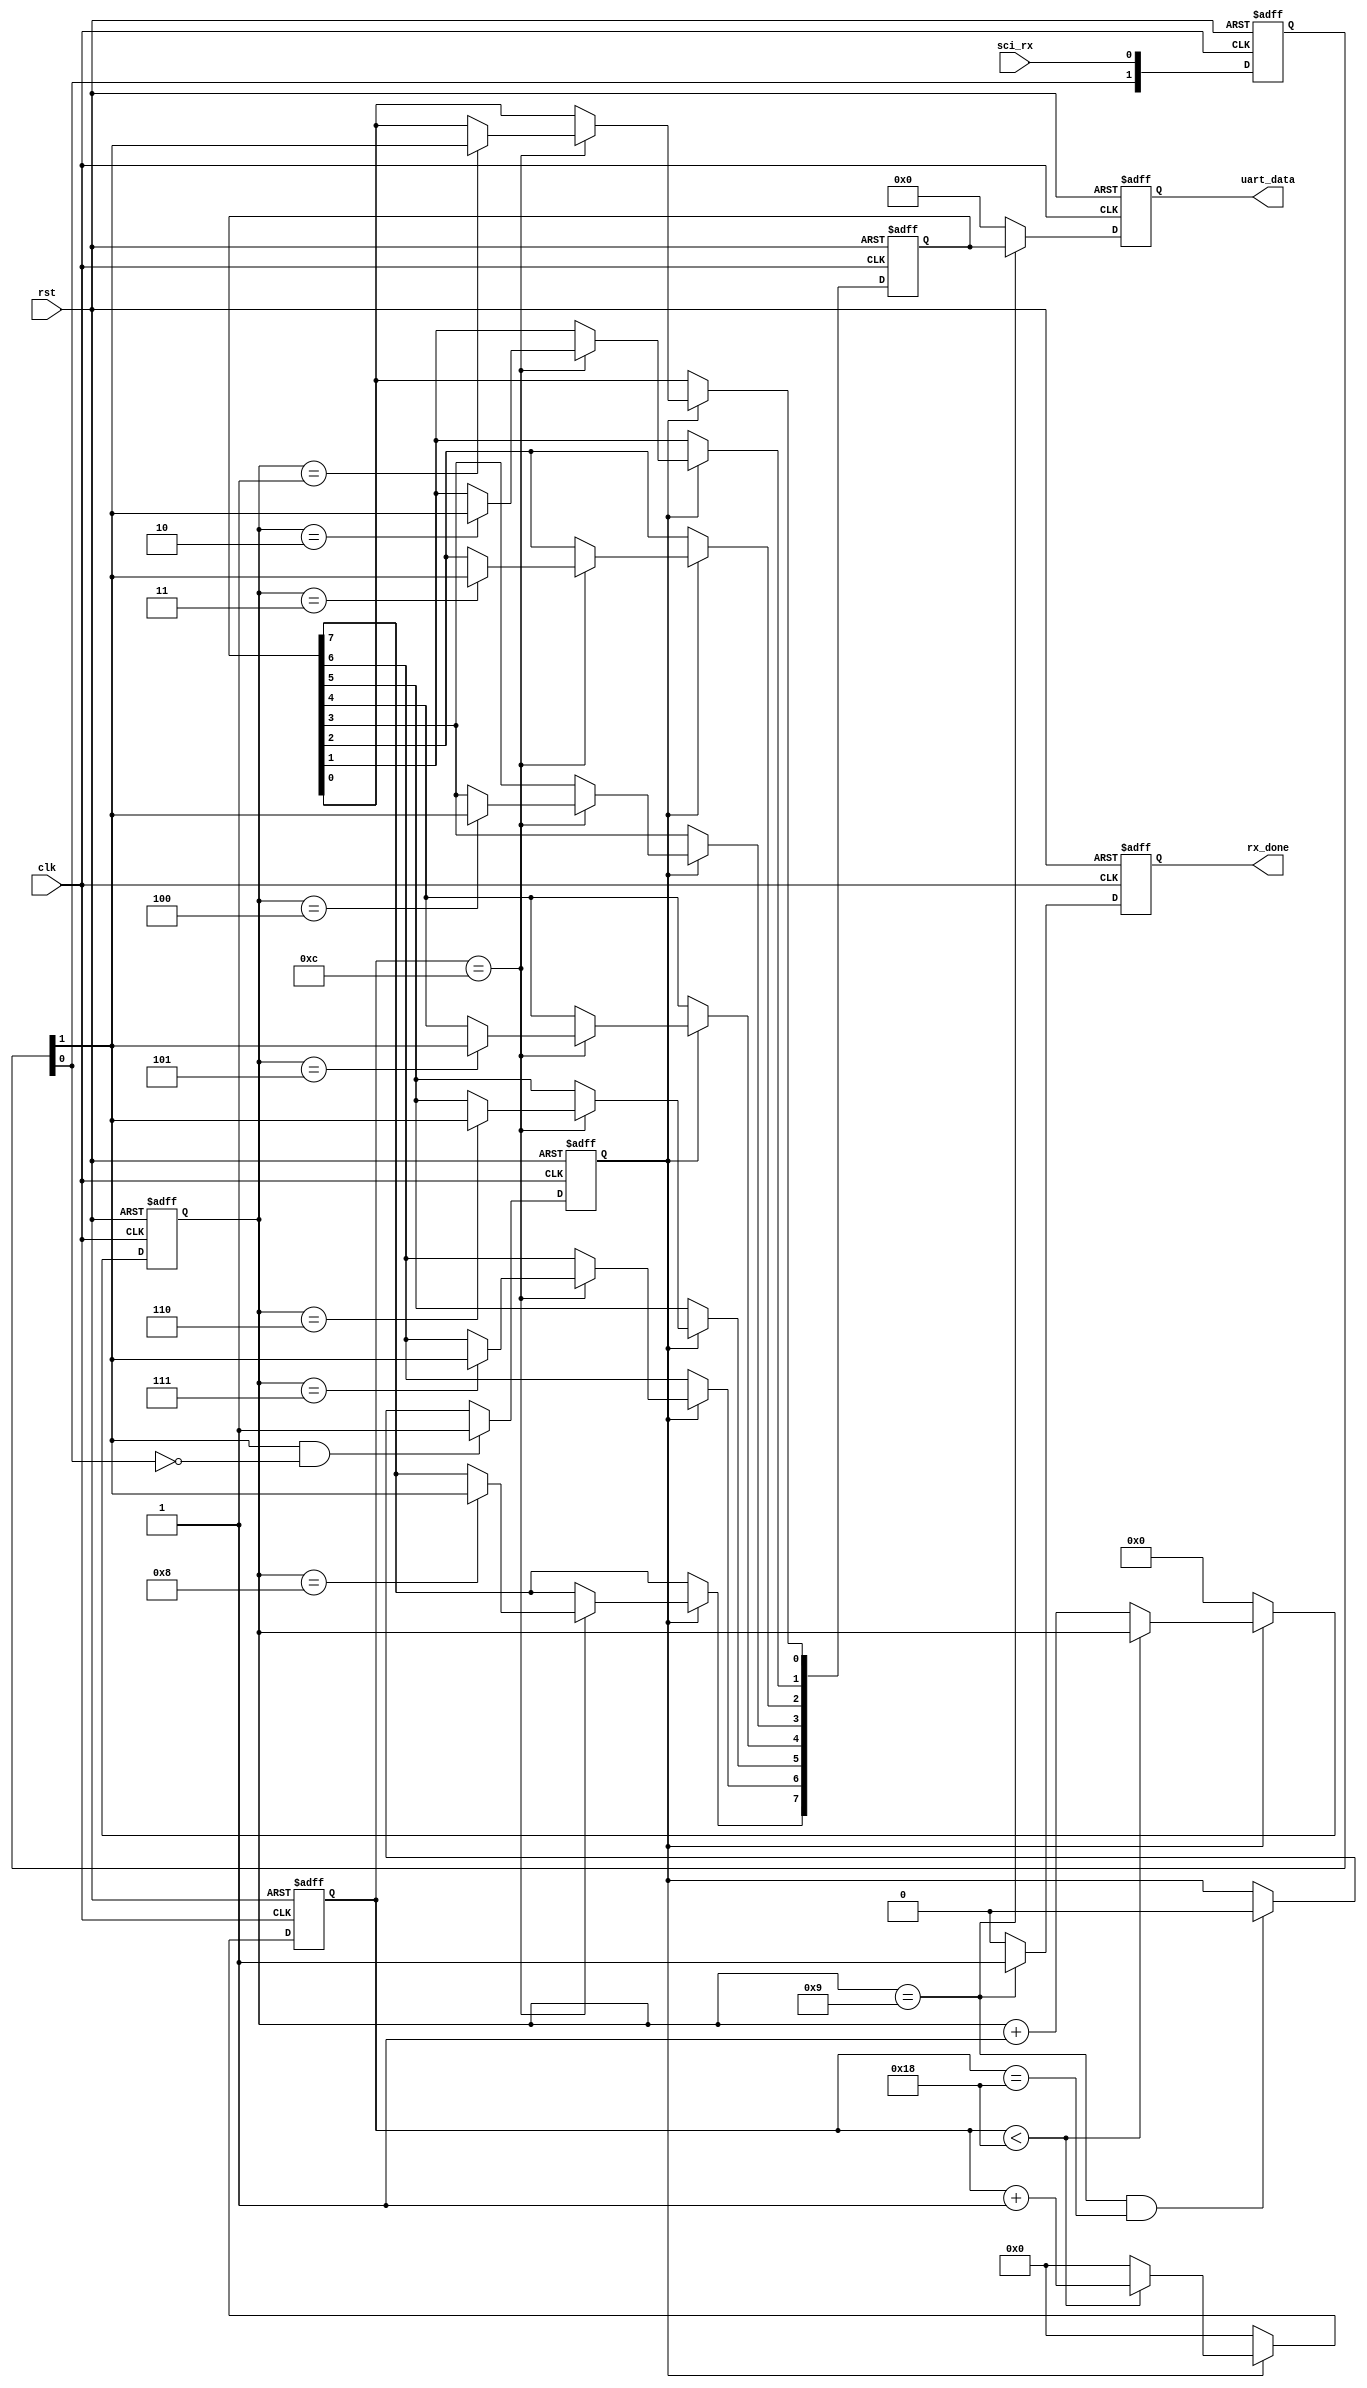
module uart_rx_byte
#(parameter CLK_FREQ = 25_000_000, parameter BPS_CONS = 1000_000)
(
					input clk,rst,					
					input sci_rx,
					output reg [7:0] uart_data,
					output reg rx_done
					);
	
	
	reg rx_flag;
	reg [3:0] rx_num;
	reg [12:0] div_cnt;
	reg [7:0] rx_data;
	
	localparam BPS_DIV = CLK_FREQ/BPS_CONS;

	reg [1:0] sci_rx_buf;
	wire rx_negedge;
	assign rx_negedge = sci_rx_buf[1] && ~sci_rx_buf[0];
	
	always @ (posedge clk, posedge rst)
		if (rst) sci_rx_buf <= 2'b00;
		else begin
			sci_rx_buf[1] <= sci_rx_buf[0];
			sci_rx_buf[0] <= sci_rx;
		end
	
	
	always @(posedge clk or posedge rst)
		if (rst) rx_flag <= 0;
		else if (rx_negedge) rx_flag <= 1;
		else if ((rx_num == 4'd9) && (div_cnt == (BPS_DIV - 1))) rx_flag <= 0;
		else;
	
	always @ (posedge clk, posedge rst)
	if (rst) begin
		div_cnt <= 0;
		rx_num <= 0;
	end
	else if (rx_flag) begin
		if (div_cnt < BPS_DIV - 1) begin
			div_cnt <= div_cnt + 1'b1;			
		end
		else begin
			div_cnt <= 0;
			rx_num <= rx_num + 1'b1;
		end
	end
	else begin
		div_cnt <= 0;
		rx_num <= 0;
	end
		
	always @ (posedge clk or posedge rst)
		if (rst)
			rx_data <= 8'd0;
		else if (rx_flag)
			if (div_cnt == BPS_DIV/2) begin
				case (rx_num)			
					4'd1: rx_data[0] <= sci_rx_buf[1];
					4'd2: rx_data[1] <= sci_rx_buf[1];
					4'd3: rx_data[2] <= sci_rx_buf[1];
					4'd4: rx_data[3] <= sci_rx_buf[1];
					4'd5: rx_data[4] <= sci_rx_buf[1];
					4'd6: rx_data[5] <= sci_rx_buf[1];
					4'd7: rx_data[6] <= sci_rx_buf[1];
					4'd8: rx_data[7] <= sci_rx_buf[1];				
					default: ;
				endcase
			end
			
	always @ (posedge clk, posedge rst)
	if (rst) begin
		rx_done <= 1'b0;
		uart_data <= 8'd0;
	end
	else if (rx_num == 4'd9) begin
		rx_done <= 1'b1;
		uart_data <= rx_data;
	end
	else begin
		rx_done <= 1'b0;
		uart_data <= 8'd0;
	end
	
endmodule